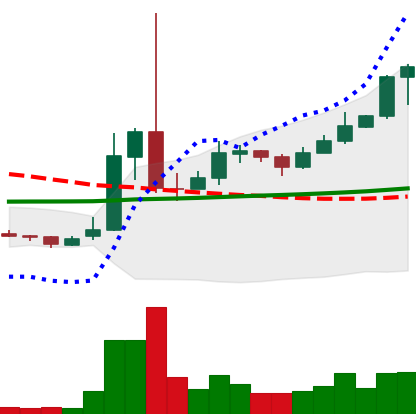
Ticker: XRP-USD
Chart end date: 2021-02-13
Forward return: -15.352%
Label: down_7plus